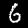
Label: 6